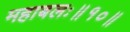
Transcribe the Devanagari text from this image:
महाबलः॥१०॥